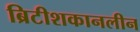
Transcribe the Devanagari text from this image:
ब्रिटीशकानलीन